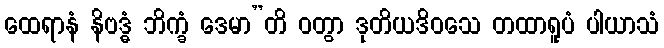
ထေရာနံ နိဗဒ္ဓံ ဘိက္ခံ ဒေမာ”တိ ဝတွာ ဒုတိယဒိဝသေ တထာရူပံ ပါယာသံ